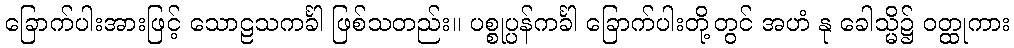
ခြောက်ပါးအားဖြင့် သောဠသကင်္ခါ ဖြစ်သတည်း။ ပစ္စုပ္ပန်ကင်္ခါ ခြောက်ပါးတို့တွင် အဟံ နု ခေါသ္မိ၌ ဝတ္ထုကား